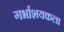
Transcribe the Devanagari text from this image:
गर्भाशयकला